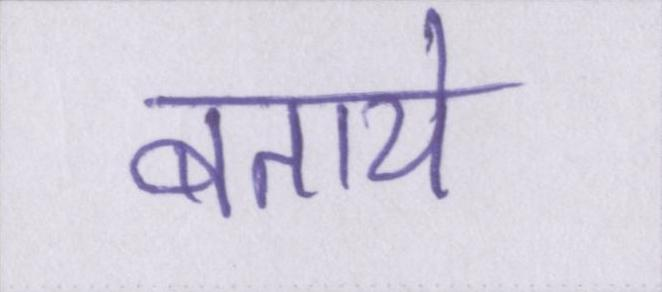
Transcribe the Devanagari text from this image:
बताये